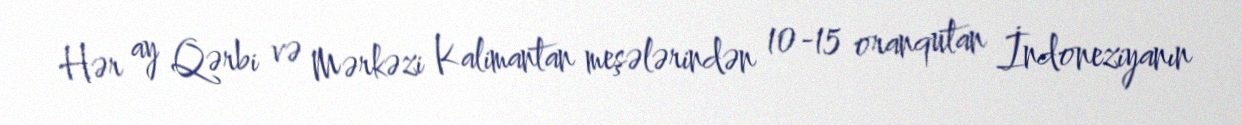
Hər ay Qərbi və Mərkəzi Kalimantan meşələrindən 10-15 oranqutan İndoneziyanın